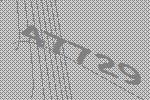
47729